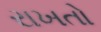
રાખતો